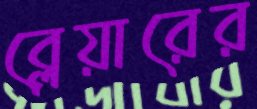
ব্লেয়ারের